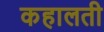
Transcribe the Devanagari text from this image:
कहालती